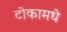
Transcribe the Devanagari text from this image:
टोकामधे